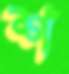
শ